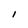
Character: I